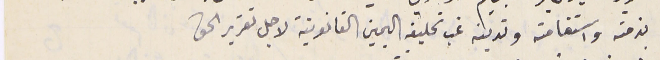
بذمته واستقامته وتدينه غب تحليفه اليمين القانونية لاجل تقرير الحق